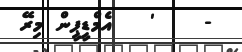
-    '   އެމްޑީޕީން މިރޭ